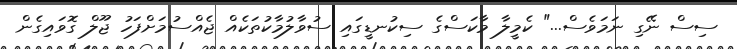
ސިސް ނޭގި ނަމަވެސް..." ކެމީލާ މާކަސްގެ ސިކުނޑީގައި ސުވާލުމާކުތަކެއް ޖެއްސުމަށްފަހު ޖޫލް ގޮވައިގެން